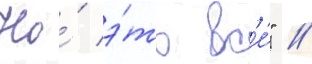
Но́ э́то вс'е́" //